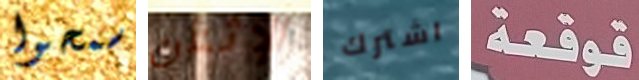
سمحوا الإثنان اشترك قوقعة